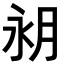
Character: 𪵵